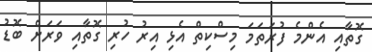
ގޮތާއި އެންމެ ފުރަތަމަ މިސްކިތް އެޅި އިރު ހުރި ގޮތާއި ވަރަށް ބޮޑު